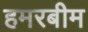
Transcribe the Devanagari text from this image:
हमरबीम